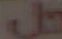
J